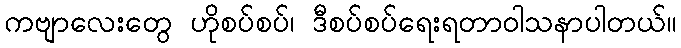
ကဗျာလေးတွေ ဟိုစပ်စပ်၊ ဒီစပ်စပ်ရေးရတာဝါသနာပါတယ်။